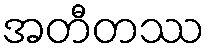
အတီတဿ